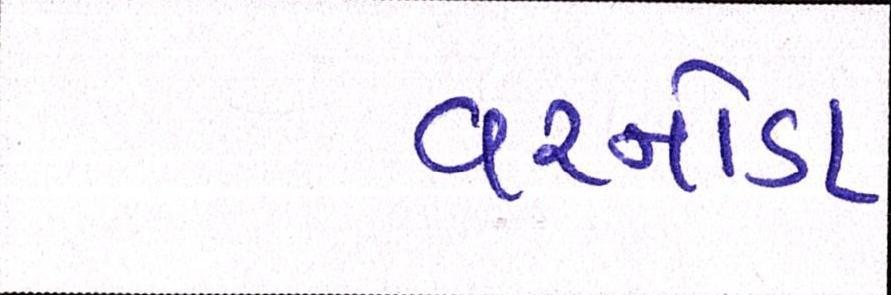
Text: વરનોડા